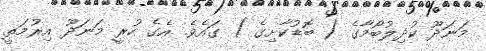
މަނަދޫ ކުދިލުބޯމާގެ ( ބޮޑުކާށިގެ ) ގައެވެ. އެގެ ހުރީ މަނަދޫ އިރުމަތީ